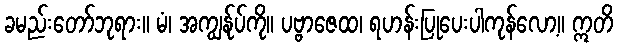
ခမည်းတော်ဘုရား။ မံ၊ အကျွန်ုပ်ကို။ ပဗ္ဗာဇေထ၊ ရဟန်းပြုပေးပါကုန်လော့။ ဣတိ